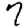
Digit: 7